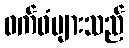
ဝက်ဝံများသည်